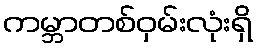
ကမ္ဘာတစ်ဝှမ်းလုံးရှိ